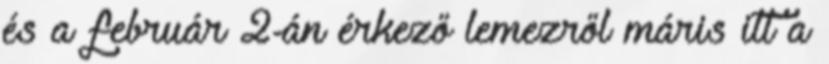
és a február 2-án érkező lemezről máris itt a